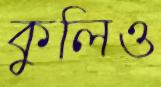
কুলিও